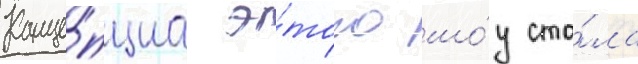
Конце́пциа э́того шо́у ста́ла